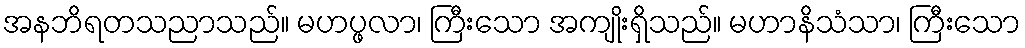
အနဘိရတသညာသည်။ မဟပ္ဖလာ၊ ကြီးသော အကျိုးရှိသည်။ မဟာနိသံသာ၊ ကြီးသော